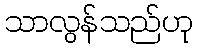
သာလွန်သည်ဟု